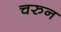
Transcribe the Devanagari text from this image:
चरुन